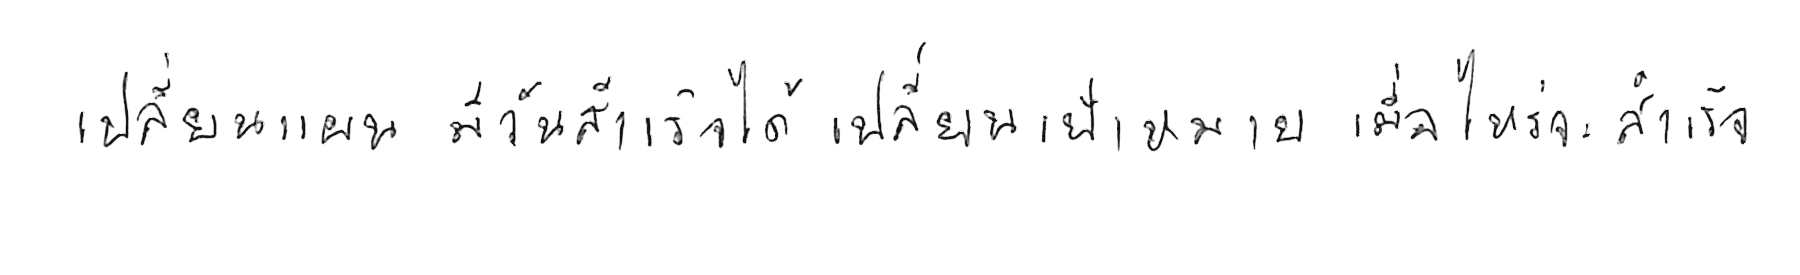
เปลี่ยนแผน มีวันสำเร็จได้ เปลี่ยนเป้าหมาย เมื่อไหร่จะสำเร็จ